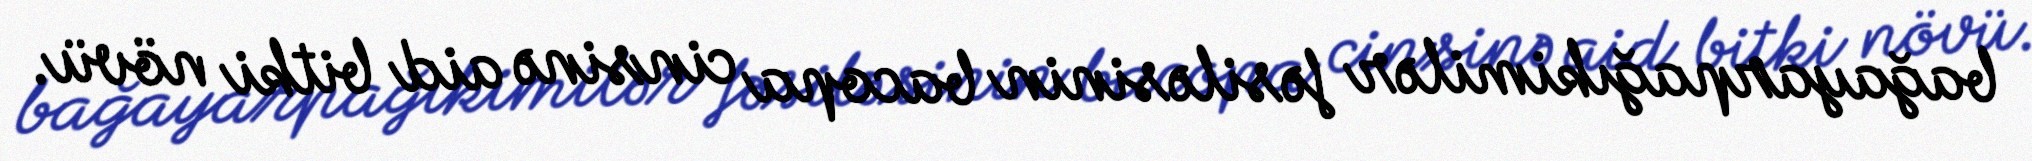
bağayarpağıkimilər fəsiləsinin bacopa cinsinə aid bitki növü.